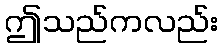
ဤသည်ကလည်း